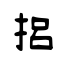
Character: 捛